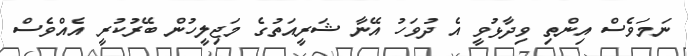
ނަމަވެސް އިންތި ވިދާޅުވީ އެ ދުވަހު އޭނާ ޝަރީއަތުގެ މަޖިލީހުން ބޭރުކުރީ އެއްވެސް